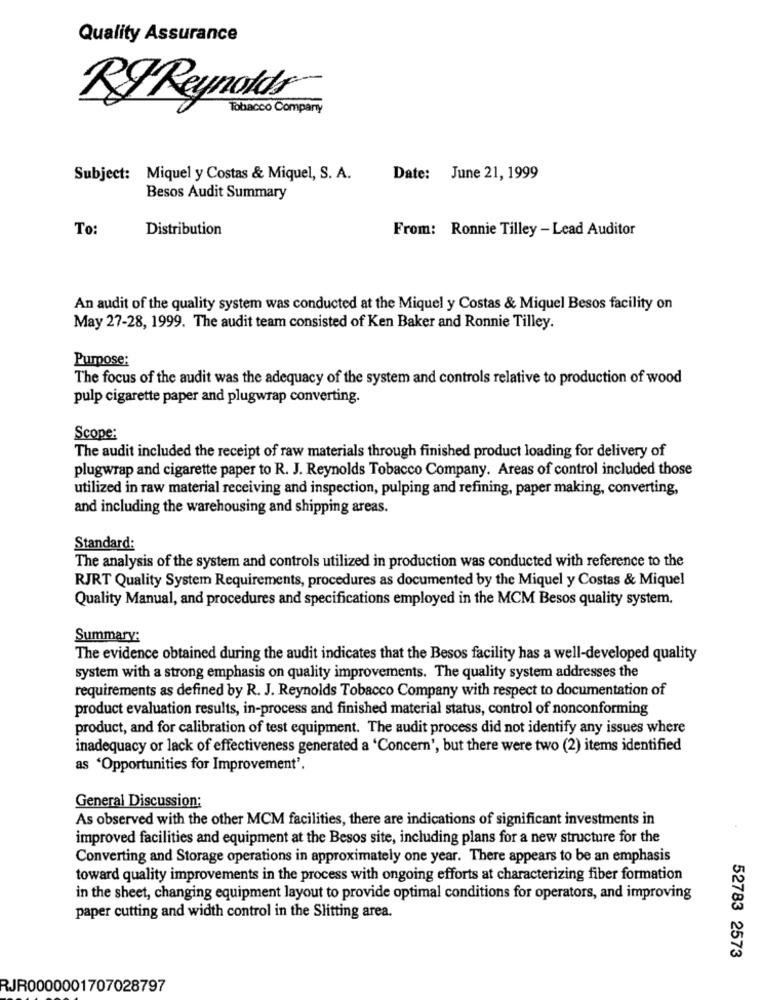
Quality Assurance
RI Reynolds
Tobacco Company
Subject: Miquel y Costas & Miquel, S. A.
Date: June 21, 1999
Besos Audit Summary
To:
Distribution
From: Ronnie Tilley - Lead Auditor
An audit of the quality system was conducted at the Miquel y Costas & Miquel Besos facility on
May 27-28, 1999. The audit team consisted of Ken Baker and Ronnie Tilley.
Purpose:
The focus of the audit was the adequacy of the system and controls relative to production of wood
pulp cigarette paper and plugwrap converting.
Scope:
The audit included the receipt of raw materials through finished product loading for delivery of
plugwrap and cigarette paper to R. J. Reynolds Tobacco Company. Areas of control included those
utilized in raw material receiving and inspection, pulping and refining, paper making, converting,
and including the warehousing and shipping areas.
Standard:
The analysis of the system and controls utilized in production was conducted with reference to the
RJRT Quality System Requirements, procedures as documented by the Miquel y Costas & Miquel
Quality Manual, and procedures and specifications employed in the MCM Besos quality system.
Summary:
The evidence obtained during the audit indicates that the Besos facility has a well-developed quality
system with a strong emphasis on quality improvements. The quality system addresses the
requirements as defined by R. J. Reynolds Tobacco Company with respect to documentation of
product evaluation results, in-process and finished material status, control of nonconforming
product, and for calibration of test equipment. The audit process did not identify any issues where
inadequacy or lack of effectiveness generated a 'Concern', but there were two (2) items identified
as 'Opportunities for Improvement'.
General Discussion:
As observed with the other MCM facilities, there are indications of significant investments in
improved facilities and equipment at the Besos site, including plans for a new structure for the
Converting and Storage operations in approximately one year. There appears to be an emphasis
toward quality improvements in the process with ongoing efforts at characterizing fiber formation
in the sheet, changing equipment layout to provide optimal conditions for operators, and improving
paper cutting and width control in the Slitting area.
52783 2573
RJR0000001707028797